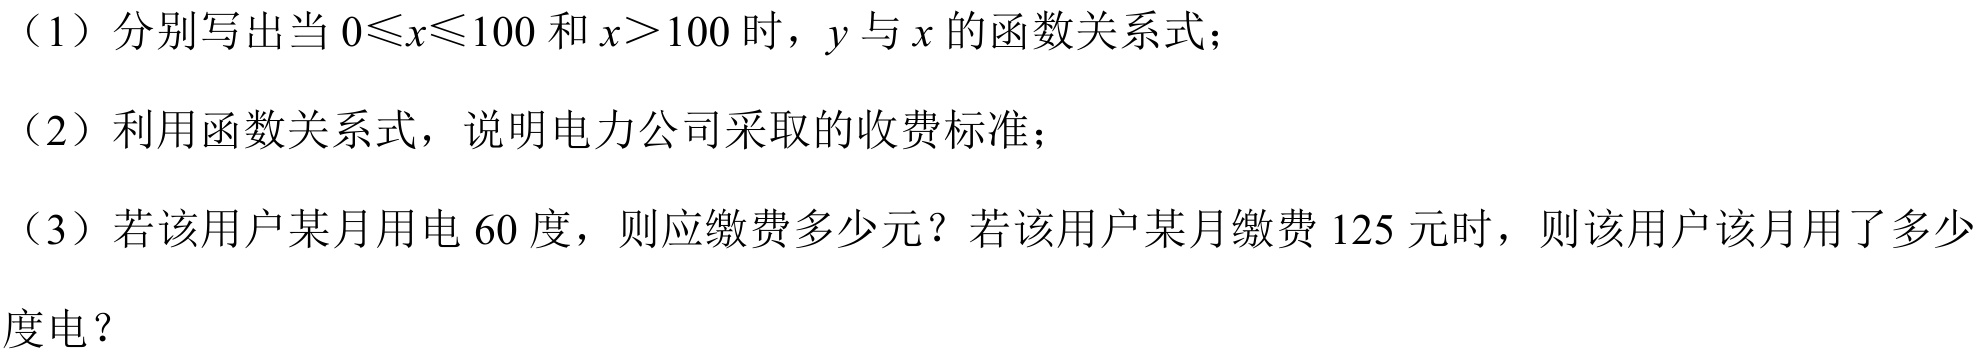
(1) 分别写出当 \(0\leqslant x\leqslant100\) 和 \(x > 100\) 时，\(y\) 与 \(x\) 的函数关系式；
(2) 利用函数关系式，说明电力公司采取的收费标准；
(3) 若该用户某月用电 \(60\) 度，则应缴费多少元？若该用户某月缴费 \(125\) 元时，则该用户该月用了多少
度电？